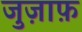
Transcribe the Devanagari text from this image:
जुज़ाफ़